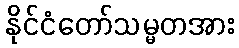
နိုင်ငံတော်သမ္မတအား